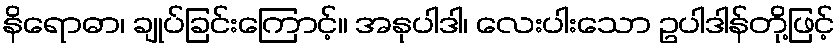
နိရောဓာ၊ ချုပ်ခြင်းကြောင့်။ အနုပါဒါ၊ လေးပါးသော ဥပါဒါန်တို့ဖြင့်